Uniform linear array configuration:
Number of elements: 8
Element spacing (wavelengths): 0.25
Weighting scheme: cosine
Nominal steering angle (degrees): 0
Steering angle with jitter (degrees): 0.6458
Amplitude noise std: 0.05
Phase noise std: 0.05

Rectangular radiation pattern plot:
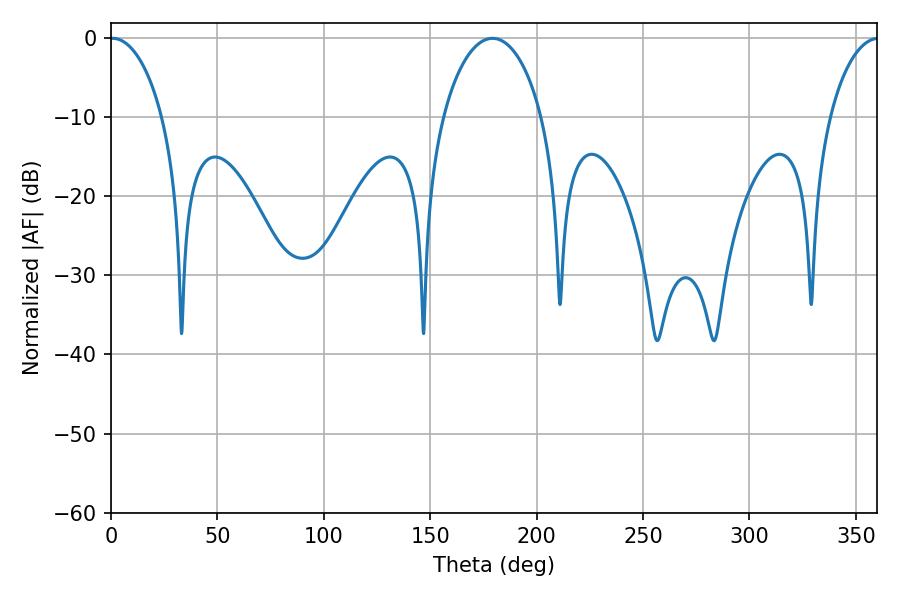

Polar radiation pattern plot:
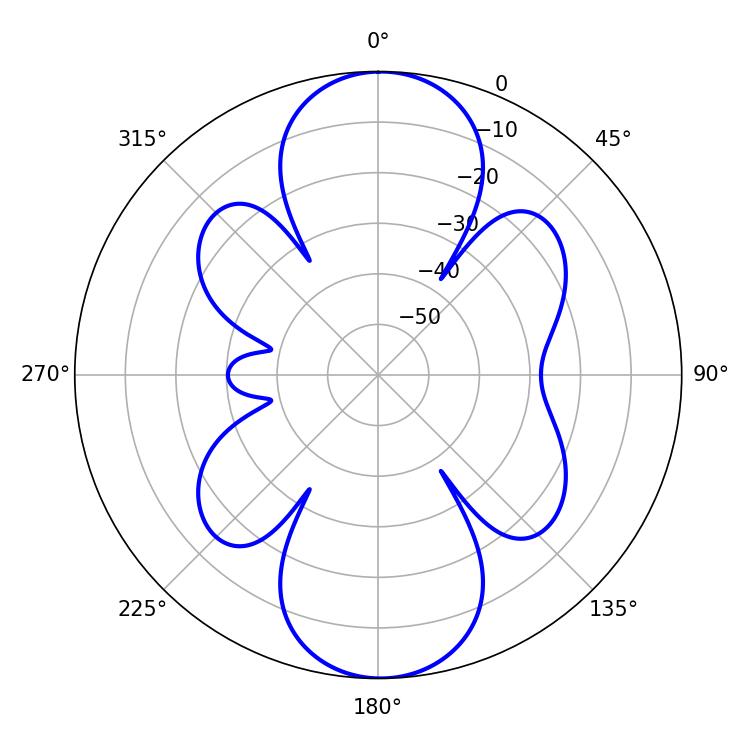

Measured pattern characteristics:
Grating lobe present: FALSE
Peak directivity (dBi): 20.902
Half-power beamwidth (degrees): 14.04
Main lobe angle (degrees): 0.72